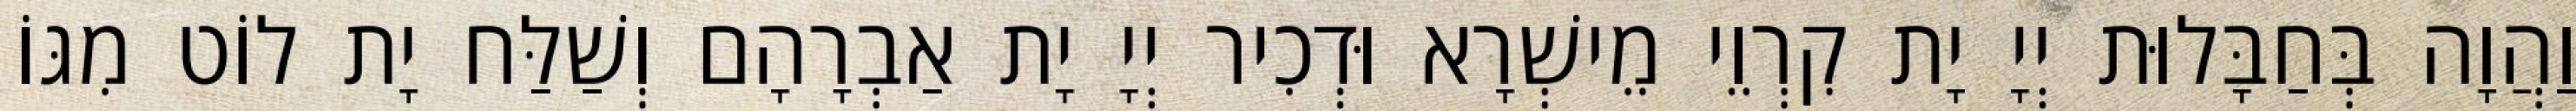
וַהֲוָה בְּחַבָּלוּת יְיָ יָת קִרְוֵי מֵישְׁרָא וּדְכִיר יְיָ יָת אַבְרָהָם וְשַׁלַּח יָת לוֹט מִגּוֹ